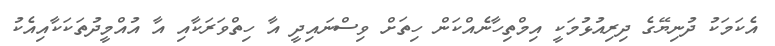
އެކަމަކު ދުނިޔޭގެ ދިރިއުޅުމަކީ އިމްތިހާނެއްކަން ހިތަށް ވިސްނައިދީ އާ ހިތްވަރަކާއި އާ އުއްމީދުތަކަކާއިއެކު